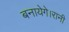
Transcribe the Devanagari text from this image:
बनायेगे।रानी